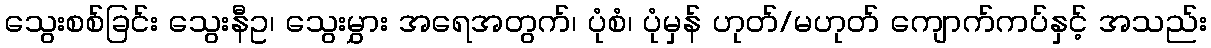
သွေးစစ်ခြင်း သွေးနီဥ၊ သွေးမွှား အရေအတွက်၊ ပုံစံ၊ ပုံမှန် ဟုတ်/မဟုတ် ကျောက်ကပ်နှင့် အသည်း